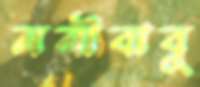
ননীবাবু